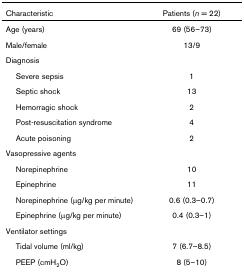
<table><thead><tr><td><b>Characteristic</b></td><td><b>Patients (<i>n </i>= 22)</b></td></tr></thead><tbody><tr><td>Age (years)</td><td>69 (56–73)</td></tr><tr><td>Male/female</td><td>13/9</td></tr><tr><td>Diagnosis</td><td></td></tr><tr><td> Severe sepsis</td><td>1</td></tr><tr><td> Septic shock</td><td>13</td></tr><tr><td> Hemorragic shock</td><td>2</td></tr><tr><td> Post-resuscitation syndrome</td><td>4</td></tr><tr><td> Acute poisoning</td><td>2</td></tr><tr><td>Vasopressive agents</td><td></td></tr><tr><td> Norepinephrine</td><td>10</td></tr><tr><td> Epinephrine</td><td>11</td></tr><tr><td> Norepinephrine (μg/kg per minute)</td><td>0.6 (0.3–0.7)</td></tr><tr><td> Epinephrine (μg/kg per minute)</td><td>0.4 (0.3–1)</td></tr><tr><td>Ventilator settings</td><td></td></tr><tr><td> Tidal volume (ml/kg)</td><td>7 (6.7–8.5)</td></tr><tr><td> PEEP (cmH<sub>2</sub>O)</td><td>8 (5–10)</td></tr></tbody></table>